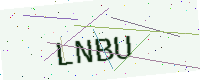
Text: LNBU